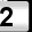
Digit: 2